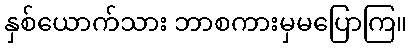
နှစ်ယောက်သား ဘာစကားမှမပြောကြ။